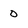
Character: 0